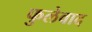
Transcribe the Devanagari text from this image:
फुलेवाद